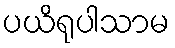
ပယိရုပါသာမ